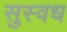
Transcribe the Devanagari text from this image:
सुस्वध